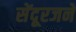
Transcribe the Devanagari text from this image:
सेंदूरजने